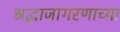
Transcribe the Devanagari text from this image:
श्रद्धाजागरणाच्या